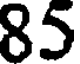
85